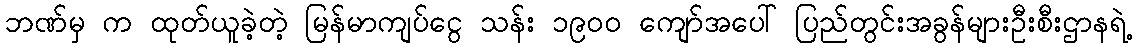
ဘဏ်မှ က ထုတ်ယူခဲ့တဲ့ မြန်မာကျပ်ငွေ သန်း ၁၉၀၀ ကျော်အပေါ် ပြည်တွင်းအခွန်များဦးစီးဌာနရဲ့